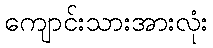
ကျောင်းသားအားလုံး